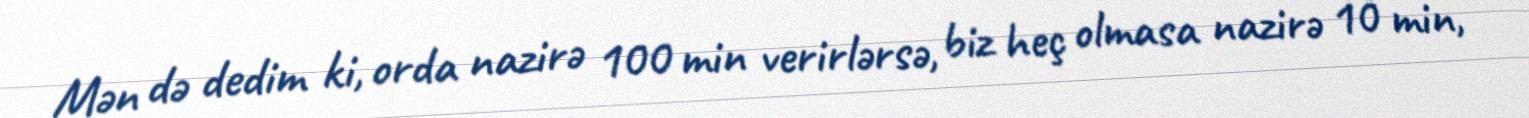
Mən də dedim ki, orda nazirə 100 min verirlərsə, biz heç olmasa nazirə 10 min,